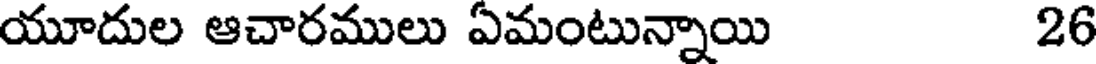
యూదుల ఆచారములు ఏమంటున్నాయి 26